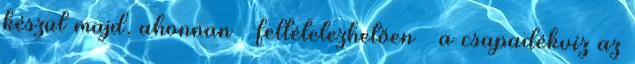
készül majd, ahonnan – feltételezhetően – a csapadékvíz az